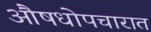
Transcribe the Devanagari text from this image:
औषधोपचारात